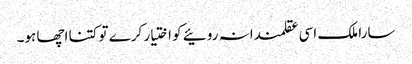
سارا ملک اسی عقلمندانہ روئیے کو اختیار کرے تو کتنا اچھا ہو۔